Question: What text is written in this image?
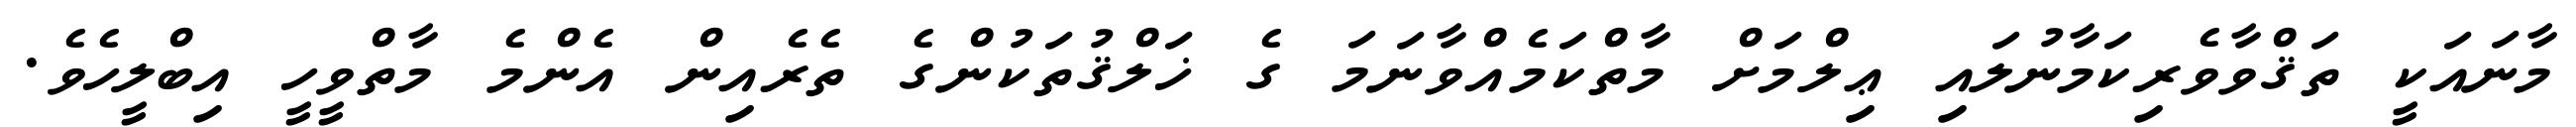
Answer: މާނައަކީ ތަޤްވާވެރިކަމާނުލައި ޢިލްމަށް މާތްކަމެއްވާނަމަ ގެ ޚަލްޤުތަކުންގެ ތެރެއިން އެންމެ މާތްވީހީ އިބްލީހެވެ.